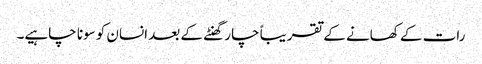
رات کے کھانے کے تقریباً چار گھنٹے کے بعد انسان کو سونا چاہیے۔